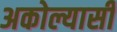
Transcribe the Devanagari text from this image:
अकोल्यासी